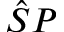
\hat { S } P